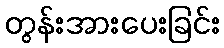
တွန်းအားပေးခြင်း